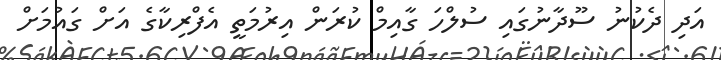
އަދި ދެކުނު ސޫދާނުގައި ސުލްހަ ގާއިމް ކުރަން އިރުމަތީ އެފްރިކާގެ އަށް ގައުމަށް